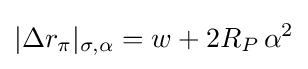
|\Delta r_{\pi }|_{\sigma ,\alpha }=w+2R_{P}\,\alpha ^{2}